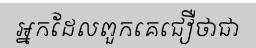
អ្នកដែលពួកគេជឿថាជា